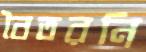
বৈতরনি